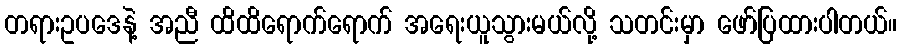
တရားဥပဒေနဲ့ အညီ ထိထိရောက်ရောက် အရေးယူသွားမယ်လို့ သတင်းမှာ ဖော်ပြထားပါတယ်။